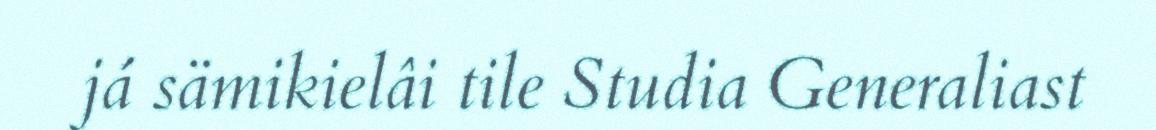
já sämikielâi tile Studia Generaliast